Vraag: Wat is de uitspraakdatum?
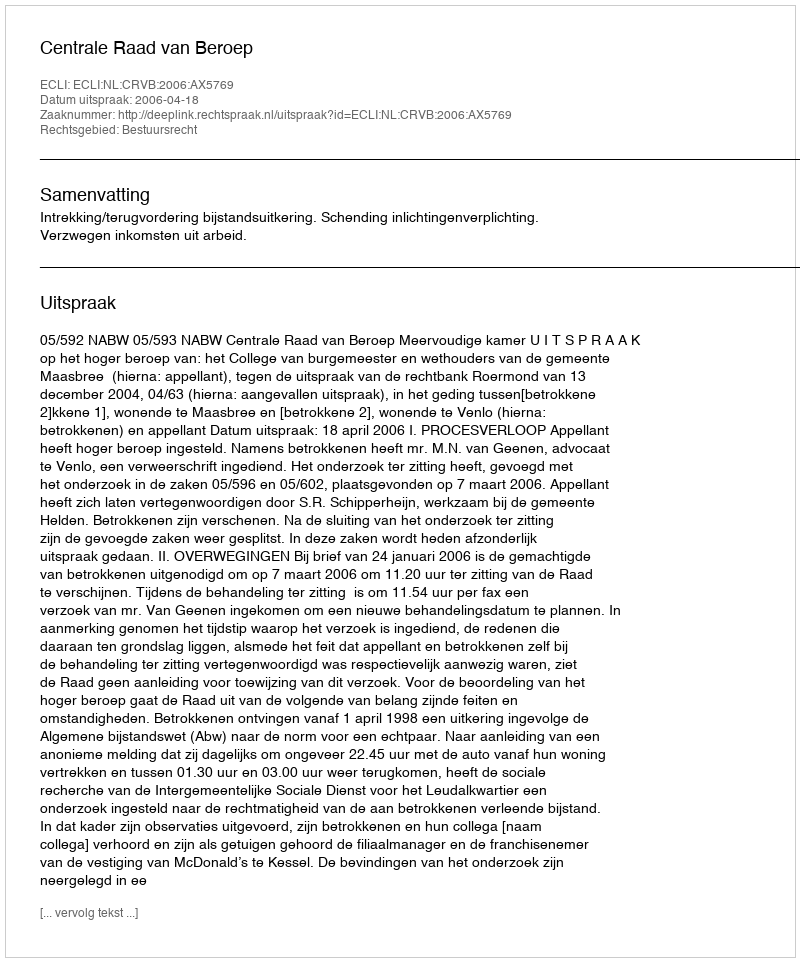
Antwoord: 2006-04-18